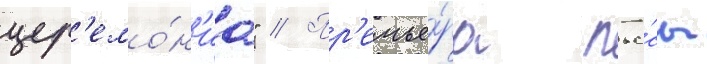
цер'емо́н'иа" // Пр'емье́ра пье́сы